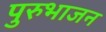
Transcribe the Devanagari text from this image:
पुरुभाजन